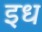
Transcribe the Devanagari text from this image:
इध